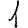
Digit: 1